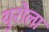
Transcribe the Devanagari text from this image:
युरोला